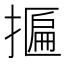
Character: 𢴂